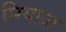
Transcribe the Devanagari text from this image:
मियाज़